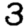
Digit: 3